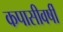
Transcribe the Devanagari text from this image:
कपासीवर्षी